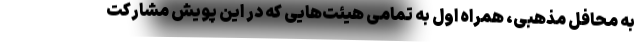
به محافل مذهبی، همراه اول به تمامی هیئت‌هایی که در این پویش مشارکت